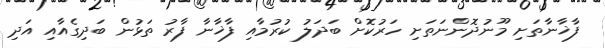
ފާޚާނާތަށި މޫނުދޮންނަތަށި ހަރުކޮށް ބަދަލު ކުރުމާއި ފާޚާނާ ފާރު ތަޅުން ބަދިގެއާއި އަދި